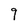
Character: 9